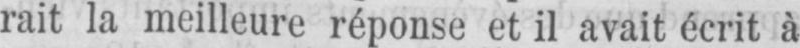
rait la meilleure réponse et il avait écrit à